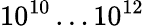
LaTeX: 10^{10}\ldots 10^{12}